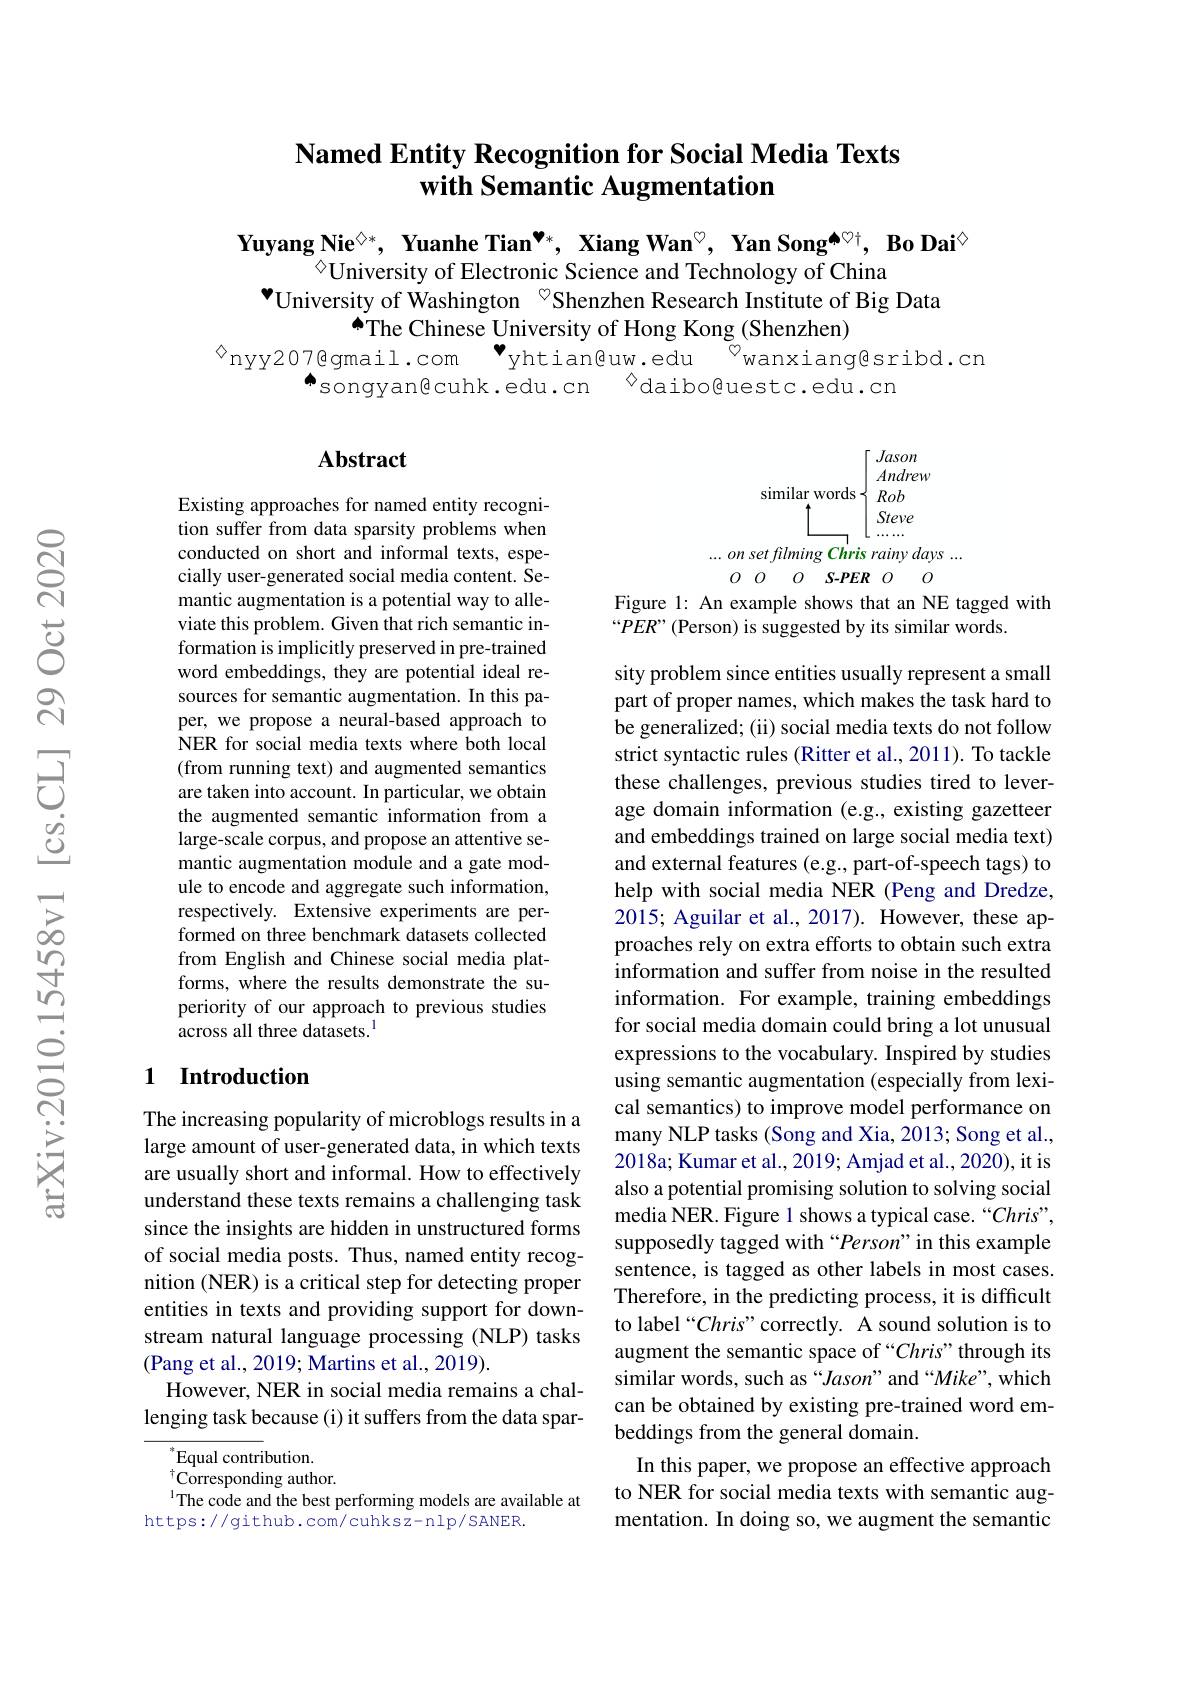
## $\textbf{Named Entity Recognition for Social Media Texts}$ with Semantic Augmentation

Yuyang Nie$^{\textcircled{\circ}*}$, Yuanhe Tian$^{\bullet*}$, Xiang Wan$^{\circ}$, Yan Song$^{\spadesuit\heartsuit\dagger}$, Bo Dai$^{\textcircled{\circ}}$
$^{\textcircled{1}}$University of Electronic Science and Technology of China
$^{\bullet}$University of Washington $^{\circ}$Shenzhen Research Institute of Big Data
$\tilde{\spadesuit}$The Chinese University of Hong Kong (Shenzhen)
$^{\textcircled{\mathrm{s}}}$nyy207@gmail.com $\overset {\bullet }{\operatorname* { \operatorname* { \operatorname* { \bullet } } } }$yhtianguw.edu
${}^{\textcircled{0}}$wanxiangesribd.cn
$\bar{\text{songyan@cuhk.edu.cn}}$ daibo@uestc.edu.cn

## $\mathbf{Abstract}$

Jason Andrew
similar words $\{Rob$
Steve
$. . . onsetfilming\textit{Chris rainy days . . . }$
$OOO$ $O$ $S- PER$ $O$
Figure 1: An example shows that an NE tagged with

“PER”(Person) is suggested by its similar words.

Existing approaches for named entity recognition suffer from data sparsity problems when conducted on short and informal texts, especially user-generated social media content. Semantic augmentation is a potential way to alleviate this problem. Given that rich semantic information is implicitly preserved in pre-trained word embeddings, they are potential ideal resources for semantic augmentation. In this paper, we propose a neural-based approach to NER for social media texts where both local (from running text) and augmented semantics are taken into account. In particular, we obtain the augmented semantic information from a large-scale corpus, and propose an attentive semantic augmentation module and a gate module to encode and aggregate such information, respectively. Extensive experiments are performed on three benchmark datasets collected from English and Chinese social media platforms, where the results demonstrate the superiority of our approach to previous studies across all three datasets.$^{1}$

## 1 Introduction

sity problem since entities usually represent a small part of proper names, which makes the task hard to be generalized; (ii) social media texts do not follow strict syntactic rules (Ritter et al., 2011). To tackle these challenges, previous studies tired to leverage domain information (e.g., existing gazetteer and embeddings trained on large social media text) and external features (e.g., part-of-speech tags) to help with social media NER (Peng and Dredze, 2015; Aguilar et al., 2017). However, these approaches rely on extra efforts to obtain such extra information and suffer from noise in the resulted information. For example, training embeddings for social media domain could bring a lot unusual expressions to the vocabulary. Inspired by studies using semantic augmentation (especially from lexical semantics) to improve model performance on many NLP tasks (Song and Xia, 2013; Song et al., 2018a; Kumar et al., 2019; Amjad et al., 2020), it is also a potential promising solution to solving social media NER. Figure 1 shows a typical case. “Chris”, supposedly tagged with “Person”in this example sentence, is tagged as other labels in most cases. Therefore, in the predicting process, it is difficult to label “Chris" correctly. A sound solution is to augment the semantic space of “Chris”through its similar words, such as “Jason” and“Mike”, which can be obtained by existing pre-trained word embeddings from the general domain.
In this paper, we propose an effective approach to NER for social media texts with semantic augmentation. In doing so, we augment the semantic

The increasing popularity of microblogs results in a large amount of user-generated data, in which texts are usually short and informal. How to effectively understand these texts remains a challenging task since the insights are hidden in unstructured forms of social media posts. Thus, named entity recognition (NER) is a critical step for detecting proper entities in texts and providing support for downstream natural language processing (NLP) tasks (Pang et al., 2019; Martins et al., 2019).
However, NER in social media remains a challenging task because (i) it suffers from the data spar-

$^*$Equal contribution.
${^{\dagger}\mathrm{Corresponding~author.}}$
$^{1}$The code and the best performing models are available at
https://github.com/cuhksz-nlp/SANER.